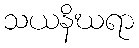
သယနိဃရာ